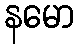
နမော